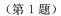
(第Ⅰ题)